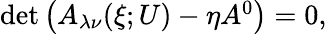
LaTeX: \begin{array}{r}{\operatorname*{det}\left(A_{\lambda\nu}(\xi;U)-\eta A^{0}\right)=0,}\end{array}